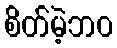
စိတ်မဲ့ဘဝ